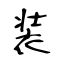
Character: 装